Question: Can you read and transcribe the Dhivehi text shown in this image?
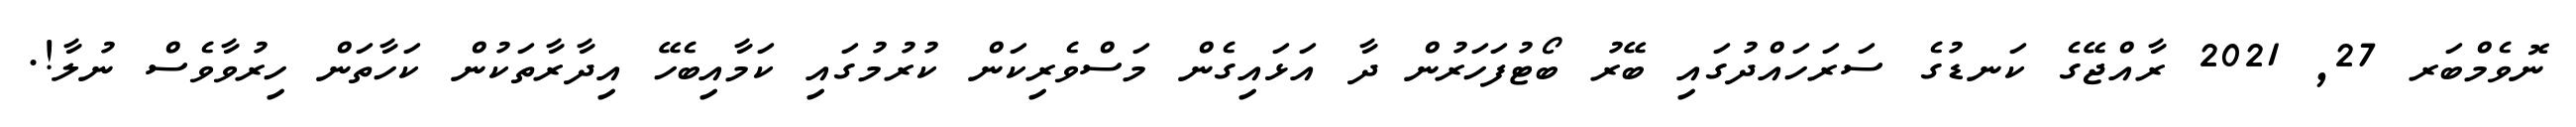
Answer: ނޮވެމްބަރ 27, 2021 ރާއްޖޭގެ ކަނޑުގެ ސަރަހައްދުގައި ބޭރު ބޯޓުފަހަރުން ދާ އަޅައިގެން މަސްވެރިކަން ކުރުމުގައި ކަމާއިބެހޭ އިދާރާތަކުން ކަހާތަން ހިރުވާވެސް ނުލާ!.